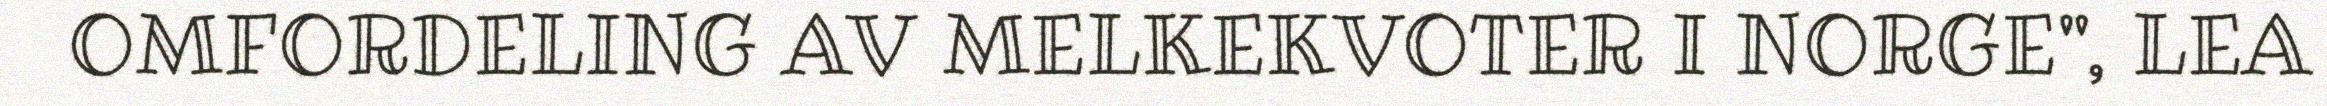
OMFORDELING AV MELKEKVOTER I NORGE", LEA